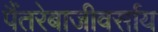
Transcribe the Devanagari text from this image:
पैंतरेबाजीवर्साय